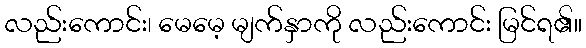
လည်းကောင်း၊ မေမေ့ မျက်နှာကို လည်းကောင်း မြင်ရ၏။